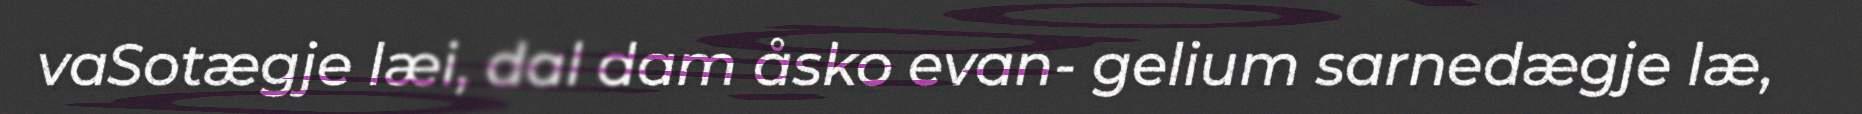
vaSotægje læi, dal dam åsko evan- gelium sarnedægje læ,